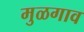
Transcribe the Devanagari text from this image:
मुळगाव